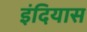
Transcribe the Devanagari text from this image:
इंदियास